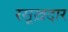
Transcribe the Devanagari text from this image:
रसूख़दार